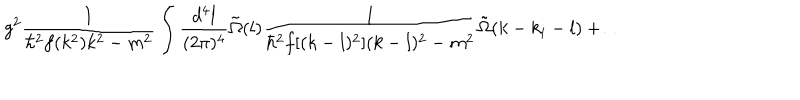
g ^ { 2 } \frac { 1 } { \hbar ^ { 2 } f ( k ^ { 2 } ) k ^ { 2 } - m ^ { 2 } } \int \frac { d ^ { 4 } l } { ( 2 \pi ) ^ { 4 } } \tilde { \Omega } ( l ) \frac { 1 } { \hbar ^ { 2 } f [ ( k - l ) ^ { 2 } ] ( k - l ) ^ { 2 } - m ^ { 2 } } \tilde { \Omega } ( k - k _ { i } - l ) + \dots